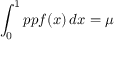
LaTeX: \int _ { 0 } ^ { 1 } p p f ( x ) \, d x = \mu